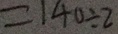
= 1 4 0 \div 2